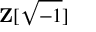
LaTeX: \mathbf { Z } [ { \sqrt { - 1 } } ]